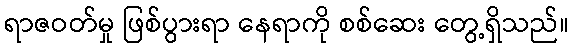
ရာဇဝတ်မှု ဖြစ်ပွားရာ နေရာကို စစ်ဆေး တွေ့ရှိသည်။